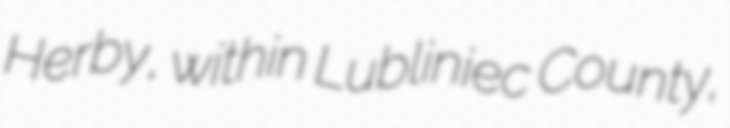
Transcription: Herby, within Lubliniec County,